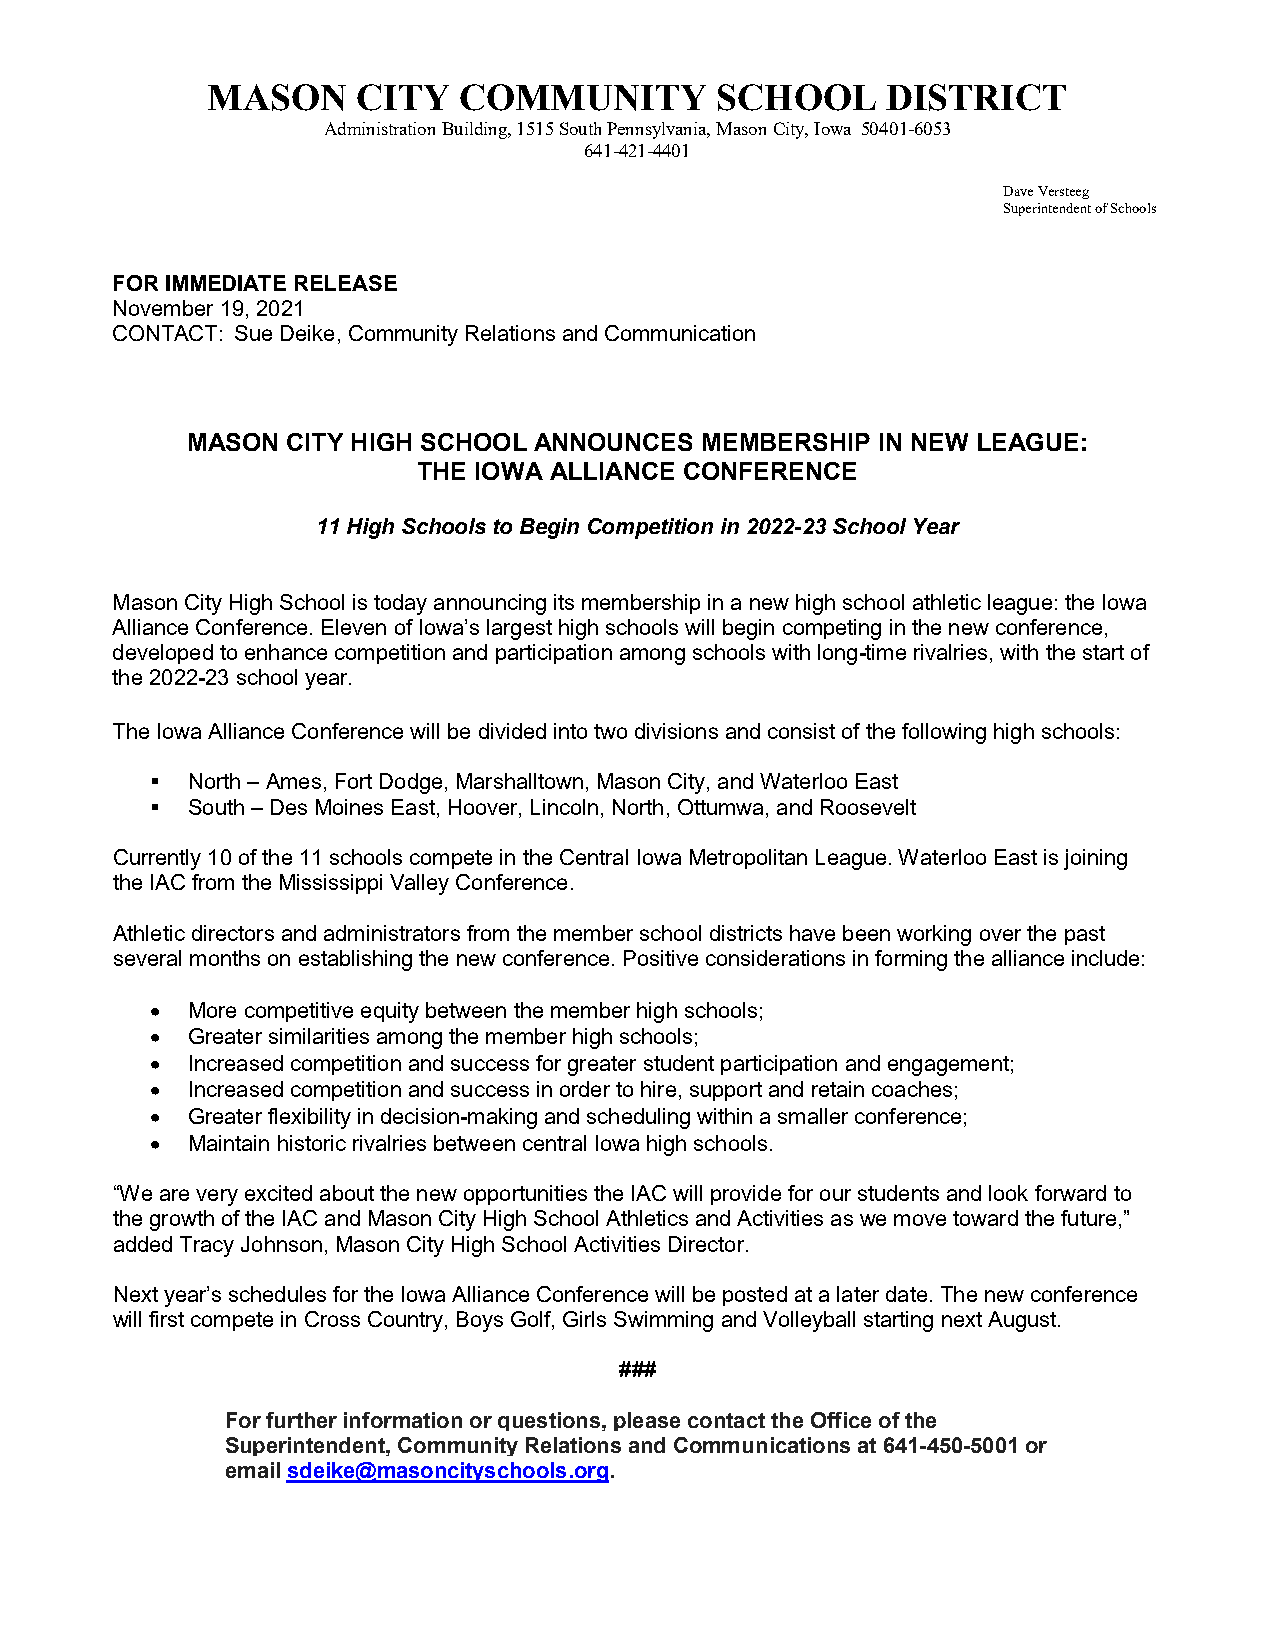
MASON     CITY  COMMUNITY        SCHOOL      DISTRICT
 Administration Building, 1515 South Pennsylvania, Mason City, Iowa 50401-6053
 641-421-4401
 Dave Versteeg
 Superintendent of Schools
 FOR IMMEDIATE RELEASE
 November 19, 2021
 CONTACT: Sue Deike, Community Relations and Communication
 MASON  CITY HIGH SCHOOL ANNOUNCES MEMBERSHIP  IN NEW LEAGUE:
 THE IOWA ALLIANCE CONFERENCE
 11 High Schools to Begin Competition in 2022-23 School Year
 Mason City High School is today announcing its membership in a new high school athletic league: the Iowa
 Alliance Conference. Eleven of Iowa’s largest high schools will begin competing in the new conference,
 developed to enhance competition and participation among schools with long-time rivalries, with the start of
 the 2022-23 school year.
 The Iowa Alliance Conference will be divided into two divisions and consist of the following high schools:
  North – Ames, Fort Dodge, Marshalltown, Mason City, and Waterloo East
  South – Des Moines East, Hoover, Lincoln, North, Ottumwa, and Roosevelt
 Currently 10 of the 11 schools compete in the Central Iowa Metropolitan League. Waterloo East is joining
 the IAC from the Mississippi Valley Conference.
 Athletic directors and administrators from the member school districts have been working over the past
 several months on establishing the new conference. Positive considerations in forming the alliance include:
 • More competitive equity between the member high schools;
 • Greater similarities among the member high schools;
 • Increased competition and success for greater student participation and engagement;
 • Increased competition and success in order to hire, support and retain coaches;
 • Greater flexibility in decision-making and scheduling within a smaller conference;
 • Maintain historic rivalries between central Iowa high schools.
 “We are very excited about the new opportunities the IAC will provide for our students and look forward to
 the growth of the IAC and Mason City High School Athletics and Activities as we move toward the future,”
 added Tracy Johnson, Mason City High School Activities Director.
 Next year’s schedules for the Iowa Alliance Conference will be posted at a later date. The new conference
 will first compete in Cross Country, Boys Golf, Girls Swimming and Volleyball starting next August.
 ###
 For further information or questions, please contact the Office of the
 Superintendent, Community Relations and Communications at 641-450-5001 or
 email sdeike@masoncityschools.org.